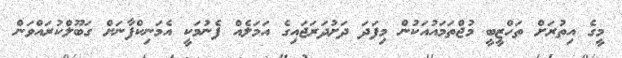
މީގެ އިތުރަށް ތަހްޒީބީ މުޖްތަމައުއަކުން މިފަދަ ދަށުދަރަޖައިގެ އަމަލެއް ފެނުމަކީ އެމަނިކްފާނަށް ގަބޫލްކުރައްވަން